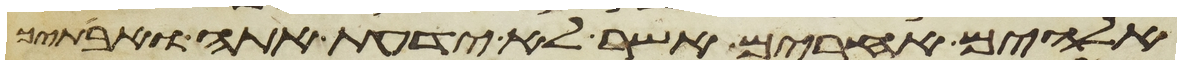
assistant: אלהים אחרים אשר לא ידעת אתה ואבתיך